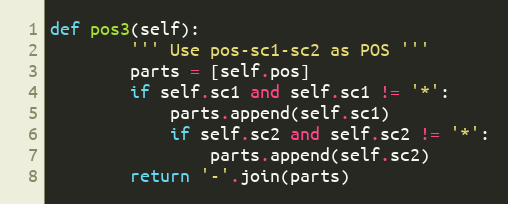
Language: Python
def pos3(self):
        ''' Use pos-sc1-sc2 as POS '''
        parts = [self.pos]
        if self.sc1 and self.sc1 != '*':
            parts.append(self.sc1)
            if self.sc2 and self.sc2 != '*':
                parts.append(self.sc2)
        return '-'.join(parts)